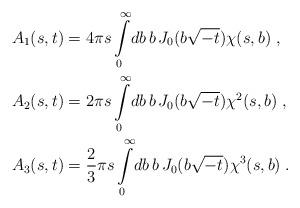
LaTeX: \begin{align*}A_1(s, t) &= 4\pi s \int\limits_0^{\infty} \! db \, b \, J_0(b\sqrt{-t}) \chi(s, b) \;, \\A_2(s, t) &= 2\pi s \int\limits_0^{\infty} \! db \, b \, J_0(b\sqrt{-t}) \chi^2(s, b) \;, \\A_3(s, t) &= \frac{2}{3} \pi s \int\limits_0^{\infty} \! db \, b \,J_0(b \sqrt{-t}) \chi^3(s, b) \;.\end{align*}